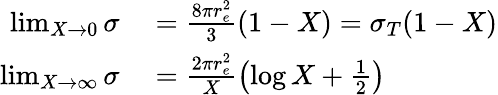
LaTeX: \begin{array}{rl}{\operatorname*{lim}_{X\to 0}\sigma}&{{}=\frac{8\pi r_{e}^{2}}{3}(1-X)=\sigma_{T}(1-X)}\\ {\operatorname*{lim}_{X\to\infty}\sigma}&{{}=\frac{2\pi r_{e}^{2}}{X}\left(\log X+\frac{1}{2}\right)}\end{array}